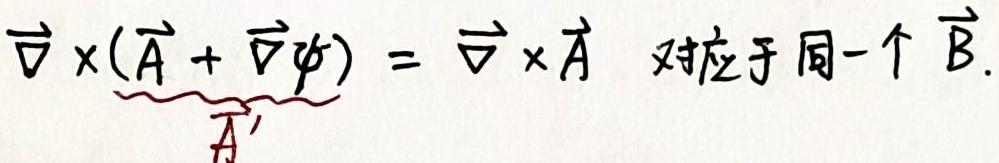
$\vec{\nabla} \times (\widetilde{\vec{A}} + \vec{\nabla} \psi) = \vec{\nabla} \times \vec{A} \quad 对应于同一个 \vec{B}.$